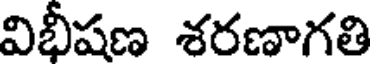
విభీషణ శరణాగతి